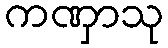
ကဏှာသု